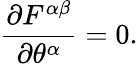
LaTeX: {\frac{\partial F^{\alpha\beta}}{\partial\theta^{\alpha}}}=0.